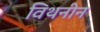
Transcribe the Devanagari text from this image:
विथनीन